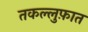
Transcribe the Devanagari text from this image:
तकल्लुफ़ात